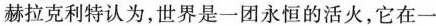
赫拉克利特认为，世界是一团永恒的活火，它在一